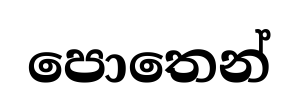
පොතෙන්